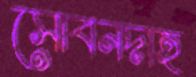
সোবনদাহ